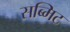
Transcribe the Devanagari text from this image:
सब्मिट